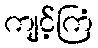
ကျင့်ကြံ